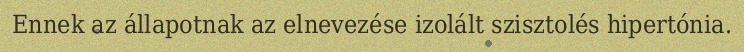
Ennek az állapotnak az elnevezése izolált szisztolés hipertónia.